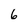
Character: 6